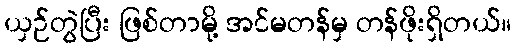
ယှဉ်တွဲပြီး ဖြစ်တာမို့ အင်မတန်မှ တန်ဖိုးရှိတယ်။